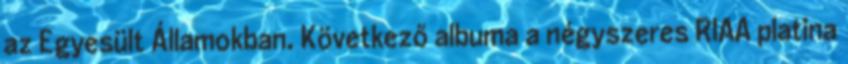
az Egyesült Államokban. Következő albuma a négyszeres RIAA platina